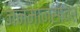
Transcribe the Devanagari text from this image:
जनमानसांवर